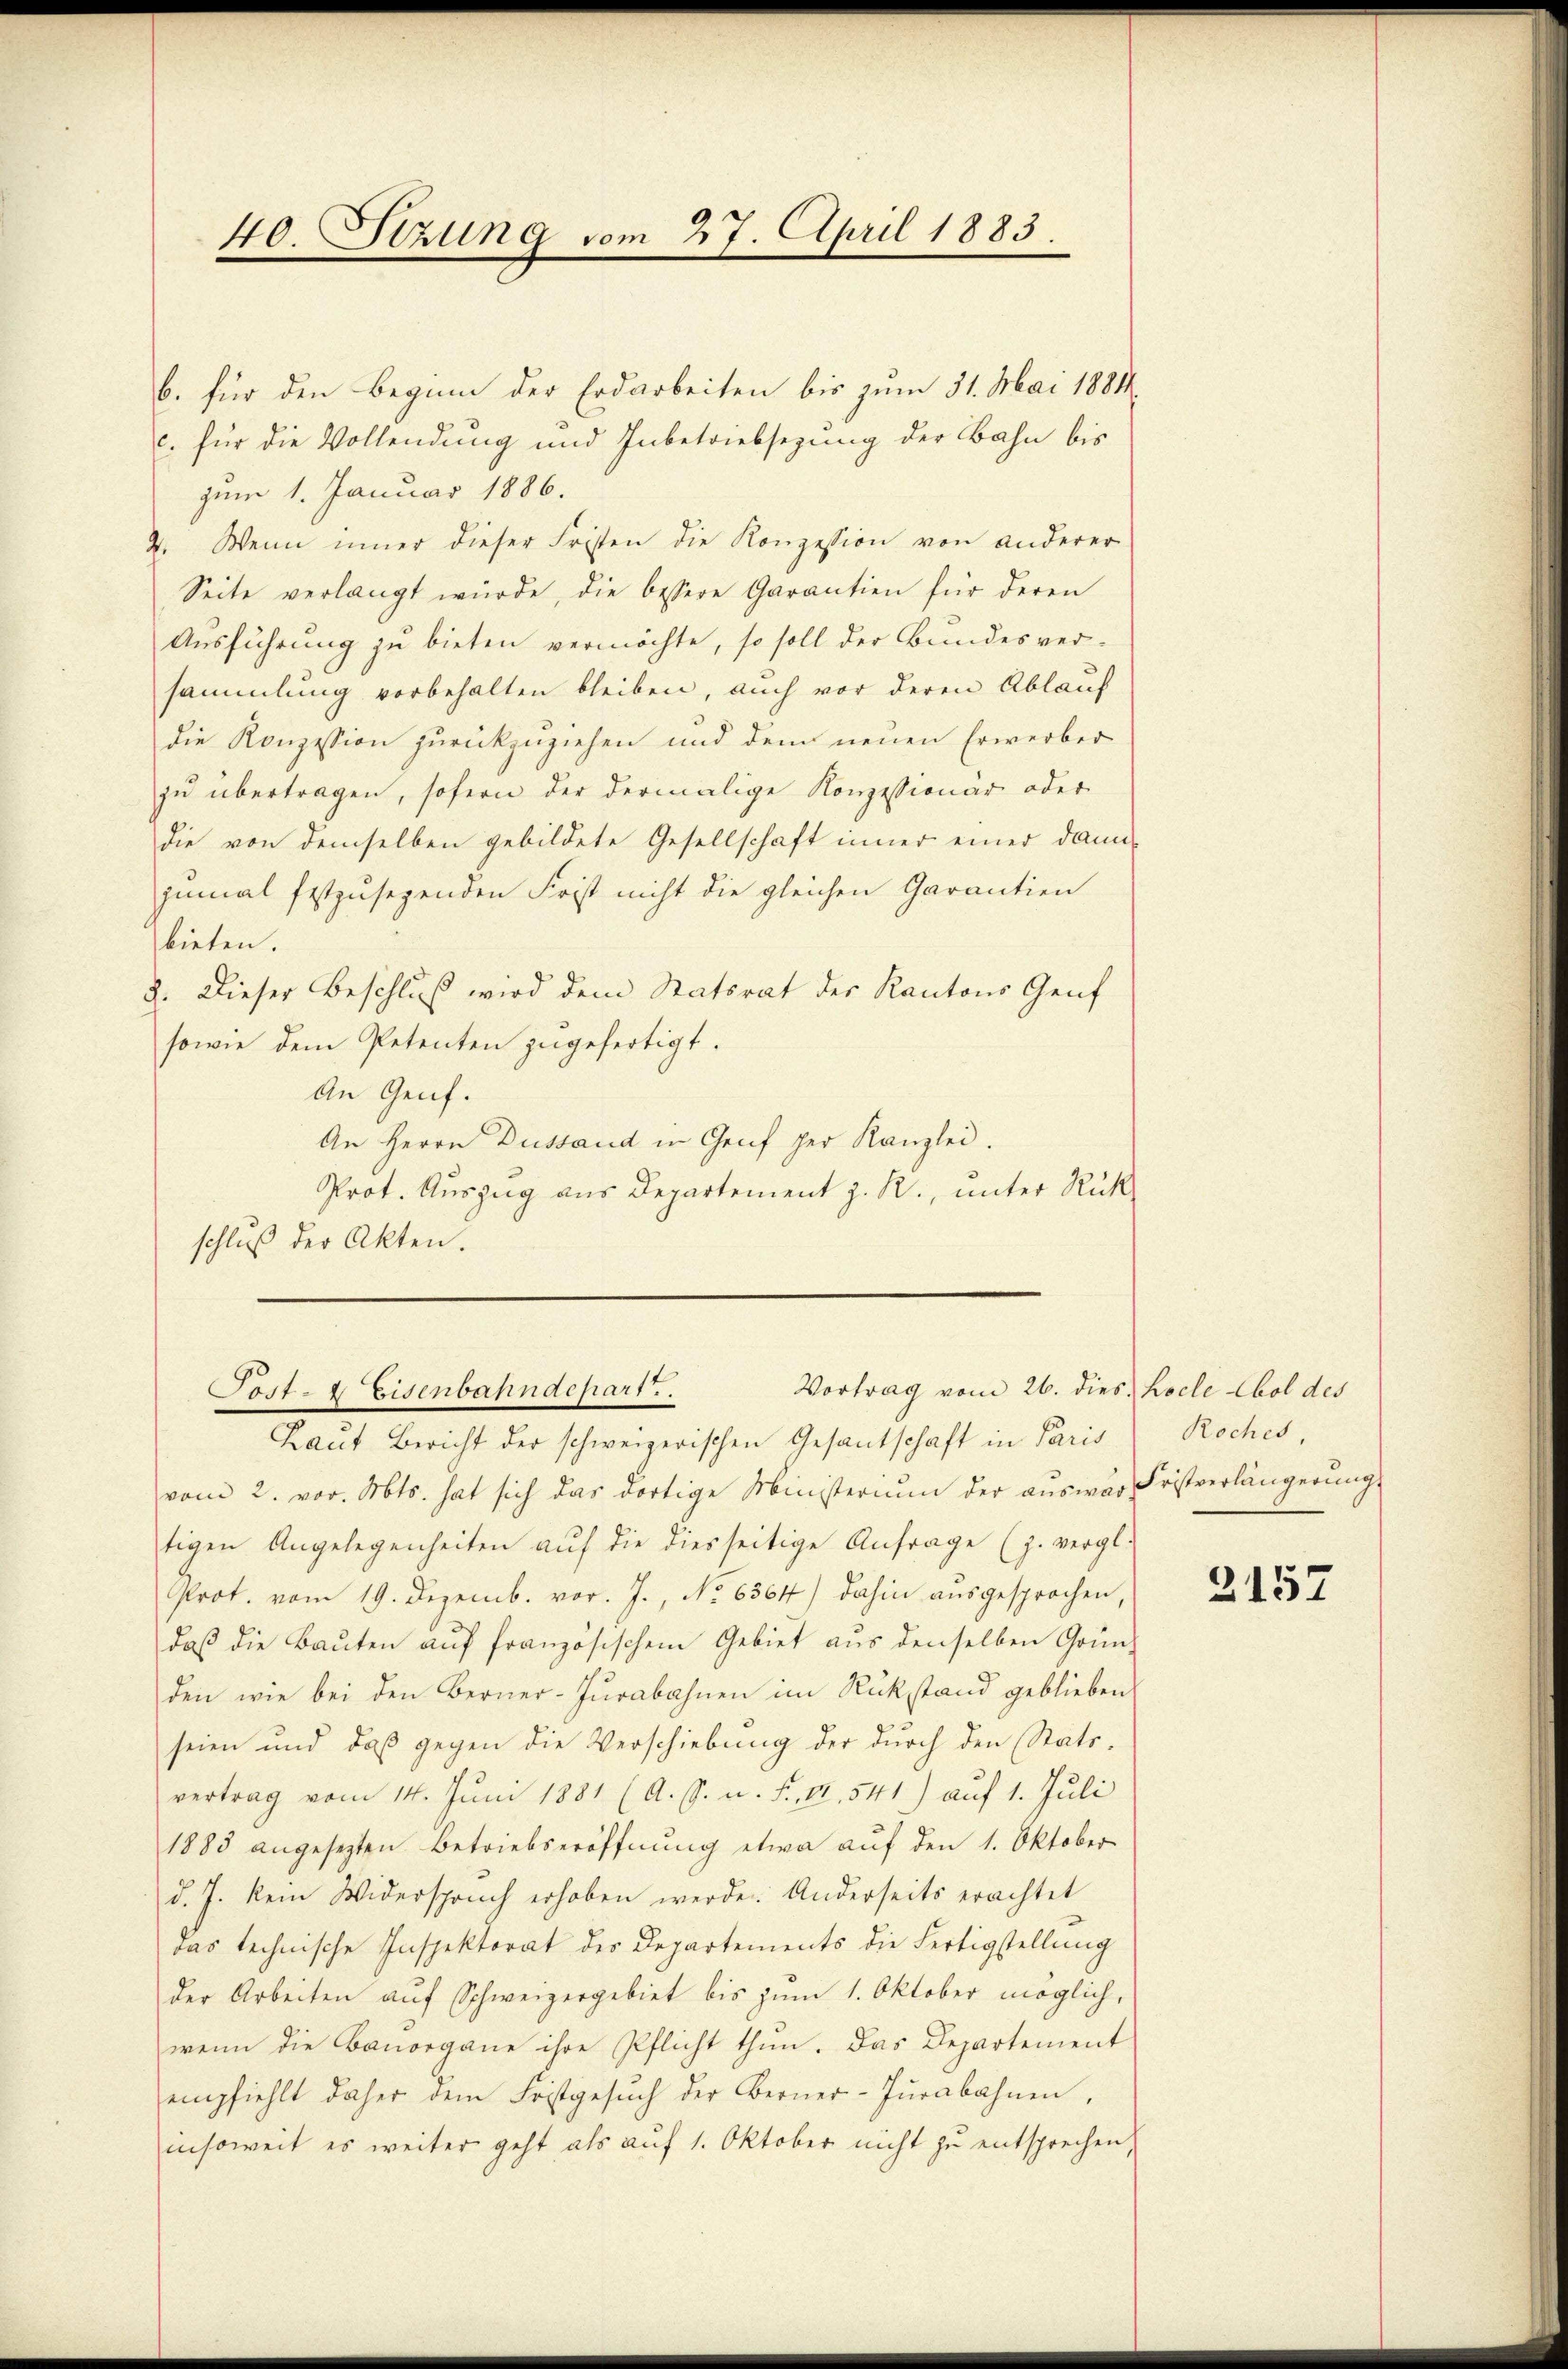
40. Sitzung vom 27. April 1883.

b. für den Beginn der Erdarbeiten bis zum 31. Mai 1884.
c. für die Vollendung und Inbetriebsezung der Bahn bis
zum 1. Januar 1886.
2. Wenn inner dieser Fristen die Konzession von anderer
Seite verlangt würde, die bessere Garantien für deren
Ausführung zu bieten vermöchte, so soll der Bundesversammlung vorbehalten bleiben, auch vor deren Ablauf
die Konzession zurückzuziehen und dem neuen Erwerber
zu übertragen, sofern der dermalige Konzessionär oder
die von demselben gebildete Gesellschaft inner einer dann
zumal festzusegenden Frist nicht die gleichen Garantien
bieten.
8. Dieser Beschluß wird dem Statsrat der Kantons Genf
sowie dem Petenten zugefertigt.
An Genf.
An Herrn Dussand in Genf per Kanzlei.
Prot. Auszug aus Departement z. R., unter Rück
schluß der Akten.

Vortrag vom 26. dies hocle Abol des
Post- & Eisenbahndepart.

Laut Bericht der schweizerischen Gesantschaft in Paris
vom 2. vor. Mts. hat sich das dortige Ministerium der aŭswar Fristverlängerŭng
tigen Angelegenheiten auf die diesseitige Anfrage (z. vergl.
Prot. vom 19. Dezemb. vor. J., No 6364) dahin ausgesprochen,
daβ die Baŭten aŭf französischem Gebiet aŭs denselben Grün-
den wie bei den Berner-Jurabahnen im Rükstand geblieben
seien und daß gegen die Verschiebung der durch den Statsvertrag vom 14. Juni 1881 (A. S. u. F. VI. 541) auf 1. Juli
1885 angesetzten Betriebseröffnŭng etwa aŭf den 1. Oktober
d. J. kein Widerspruch erhoben werde. Anderseits erachtet
das technische Inspektorat des Departements die Fertigstellung
der Arbeiten aŭf Schweizergebiet bis zŭm 1. Oktober möglich.
wenn die Bauorgane ihre Pflicht thun. Das Departement
empfiehlt daher dem Fristgesŭch der Berner-Jŭrabahnen,
insoweit es weiter geht als auf 1. Oktober nicht zu entsprechen,

Roches,

2157